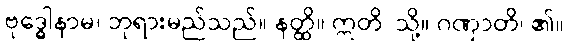
ဗုဒ္ဓေါနာမ၊ ဘုရားမည်သည်။ နတ္ထိ။ ဣတိ၊ သို့။ ဂဏှာတိ၊ ၏။